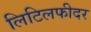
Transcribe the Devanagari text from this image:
लिटिलफीदर